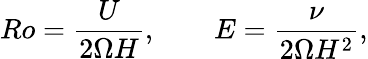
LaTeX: Ro=\frac{U}{2\Omega H},\qquad E=\frac{\nu}{2\Omega H^{2}},